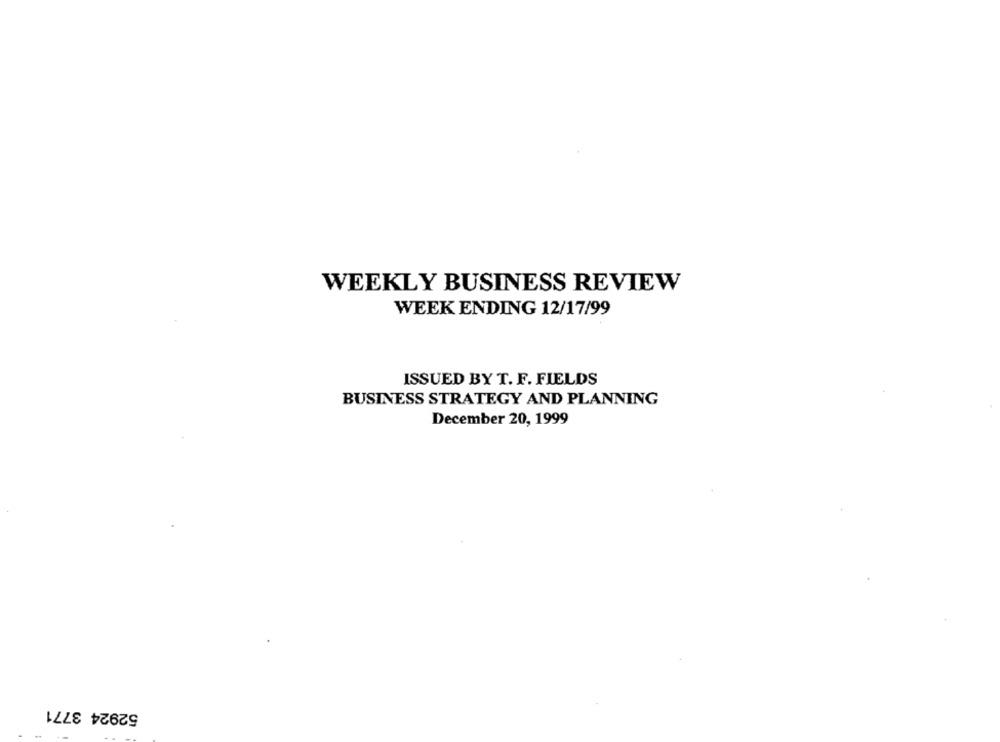
WEEKLY BUSINESS REVIEW
WEEK ENDING 12/17/99
ISSUED BY T. F. FIELDS
BUSINESS STRATEGY AND PLANNING
December 20, 1999
52924 3771